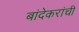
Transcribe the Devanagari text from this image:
बांदेकरांची